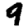
Digit: 9